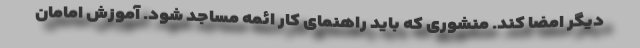
دیگر امضا کند. منشوری که باید راهنمای کار ائمه مساجد شود. آموزش امامان